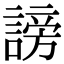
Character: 謗